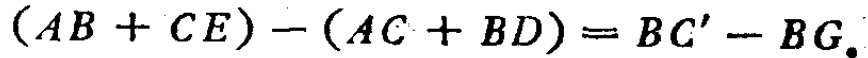
\((AB + CE) - (AC + BD)=BC' - BG.\)